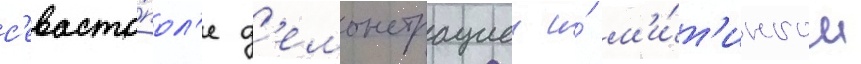
с'евасто́пол'е д'емонстрациеи и́ м'и́т'ингом